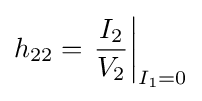
h_{22}=\left.{\frac {I_{2}}{V_{2}}}\right|_{I_{1}=0}